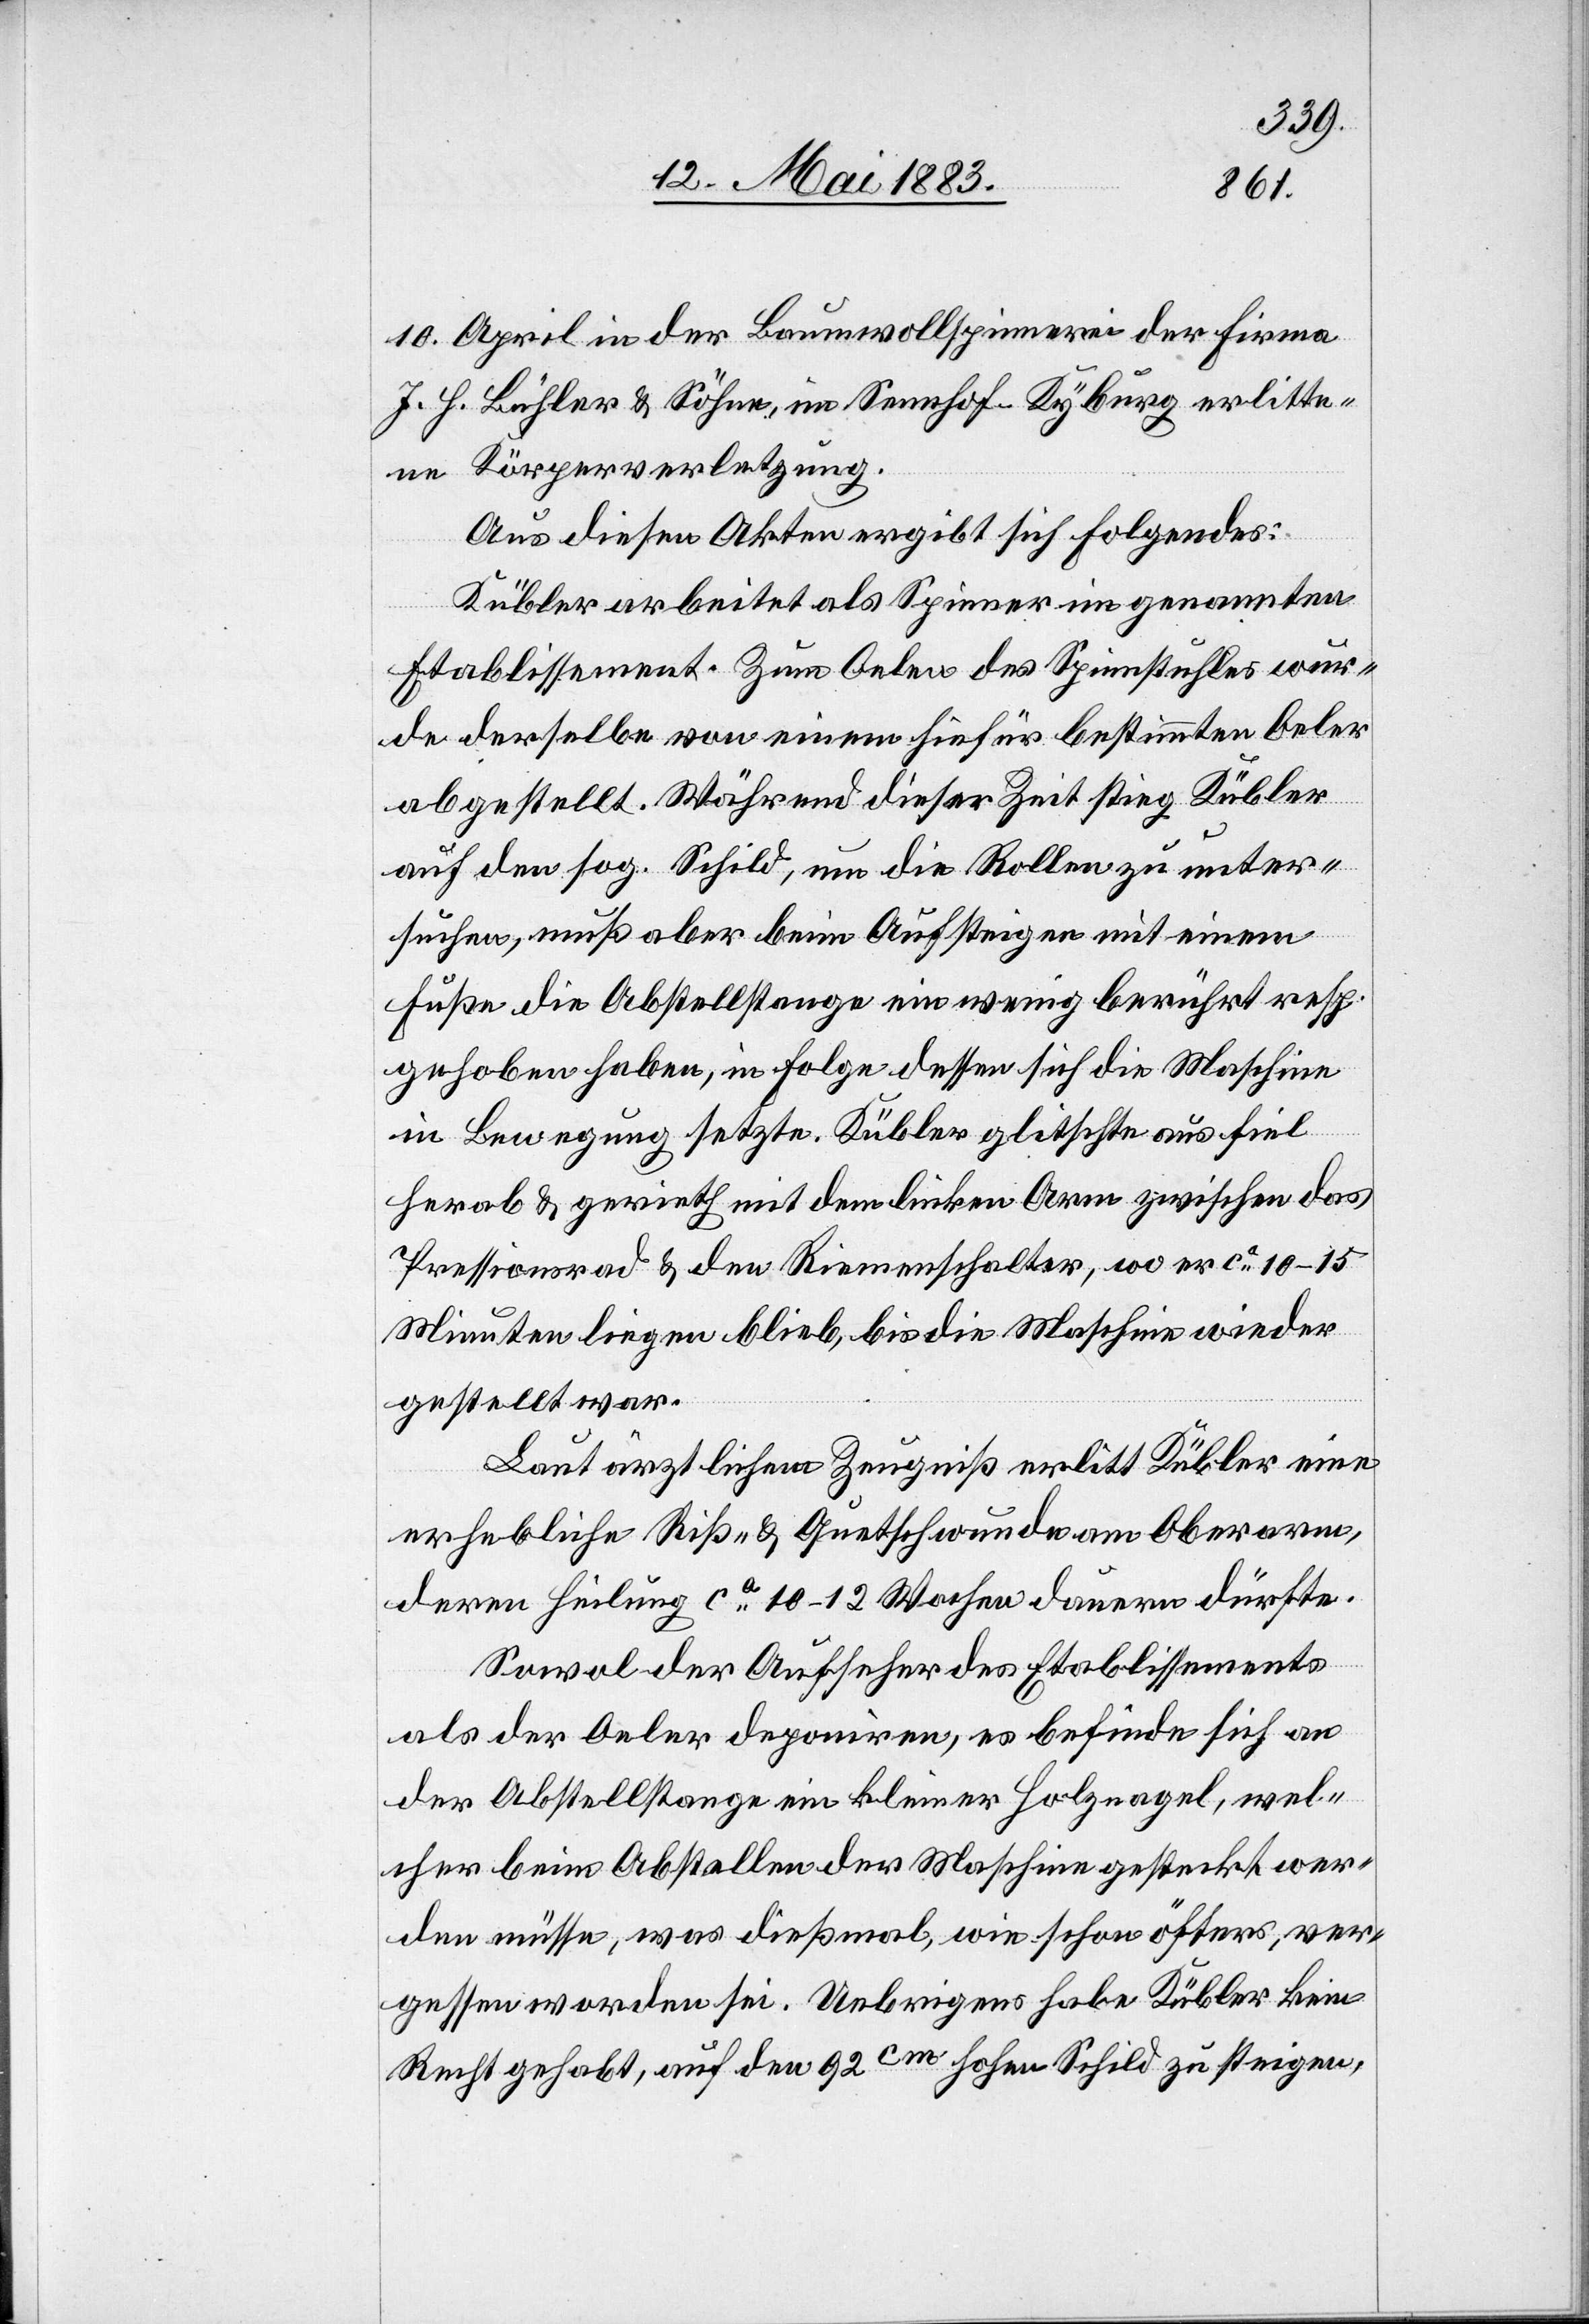
10. April in der Baumwollspinnerei der Firma
J. H. Bühler & Söhne, im Sennhof - Kyburg erlitte¬
ne Körperverletzung.
Aus diesen Akten ergibt sich Folgendes:
Kübler abreitet als Spinner im genannten
Etablissement. Zum Oelen des Spinnstuhles wur¬
de derselbe von einem hiefür bestimmten Oeler
abgestellt. Während dieser Zeit stieg Kübler
auf den sog. Schild, um die Rollen zu unter¬
suchen, muß aber beim Aufsteigen mit einem
Fuße die Abstellstange ein wenig berührt resp.
gehoben haben, in Folge dessen sich die Maschine
in Bewegung setzte. Kübler glitschte aus fiel
herab & gerieth mit dem linken Arm zwischen das
Pressionsrad & den Riemenschalter, wo er ca 10–15
Minuten liegen blieb, bis die Maschine wieder
gestellt war.
Laut ärztlichem Zeugniß erlitt Kübler eine
erhebliche Riß- & Quetschwunde am Oberarm,
deren Heilung ca 10–12 Wochen dauern dürfte.
Sowol der Aufseher des Etablissements
als der Oeler deponiren, es befinde sich an
der Abstellstange ein kleiner Holznagel, wel¬
cher beim Abstellen der Maschine gesteckt wer¬
den müsse, was dießmal, wie schon öfters, ver¬
gessen worden sei. Uebrigens habe Kübler kein
Recht gehabt, auf den 92cm hohen Schild zu steigen,